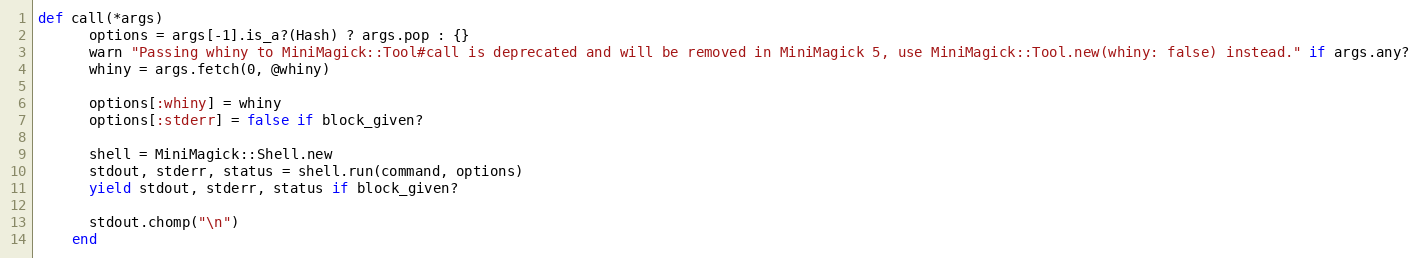
Language: Ruby
def call(*args)
      options = args[-1].is_a?(Hash) ? args.pop : {}
      warn "Passing whiny to MiniMagick::Tool#call is deprecated and will be removed in MiniMagick 5, use MiniMagick::Tool.new(whiny: false) instead." if args.any?
      whiny = args.fetch(0, @whiny)

      options[:whiny] = whiny
      options[:stderr] = false if block_given?

      shell = MiniMagick::Shell.new
      stdout, stderr, status = shell.run(command, options)
      yield stdout, stderr, status if block_given?

      stdout.chomp("\n")
    end